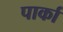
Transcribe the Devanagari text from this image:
पार्का